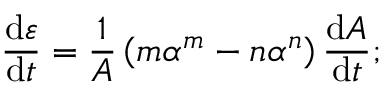
\frac { \mathrm { d } \varepsilon } { \mathrm { d } t } = \frac 1 { A } \left( m \alpha ^ { m } - n \alpha ^ { n } \right) \frac { \mathrm { d } A } { \mathrm { d } t } ;